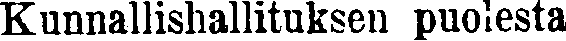
Kunnallishallituksen puolesta